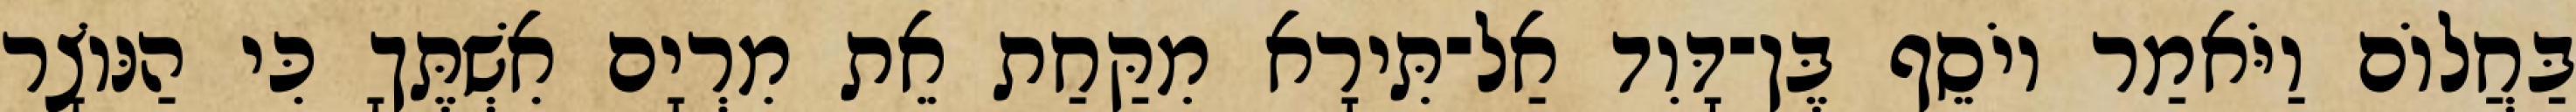
בַּחֲלוֹם וַיֹּאמַר יוֹסֵף בֶּן־דָּוִד אַל־תִּירָא מִקַּחַת אֵת מִרְיָם אִשְׁתֶּךָ כִּי הַנּוֹצָר